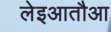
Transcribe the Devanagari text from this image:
लेइआतौआ